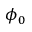
\phi _ { 0 }